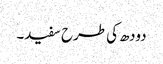
دودھ کی طرح سفید۔